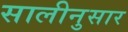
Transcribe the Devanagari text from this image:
सालीनुसार